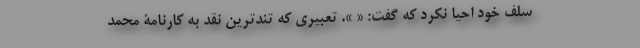
سلف خود احیا نکرد که گفت: « ». تعبیری که تند‌ترین نقد به کارنامۀ محمد